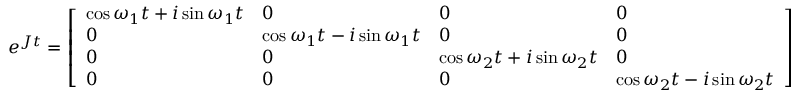
e ^ { \boldsymbol { J } t } = \left[ \begin{array} { l l l l } { \cos \omega _ { 1 } t + i \sin \omega _ { 1 } t } & { 0 } & { 0 } & { 0 } \\ { 0 } & { \cos \omega _ { 1 } t - i \sin \omega _ { 1 } t } & { 0 } & { 0 } \\ { 0 } & { 0 } & { \cos \omega _ { 2 } t + i \sin \omega _ { 2 } t } & { 0 } \\ { 0 } & { 0 } & { 0 } & { \cos \omega _ { 2 } t - i \sin \omega _ { 2 } t } \end{array} \right]